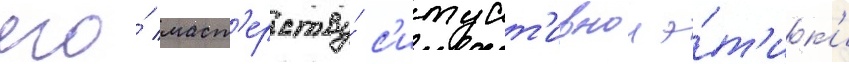
его́ маст'ерству́ с'итуат'ивнои э́т'ик'и